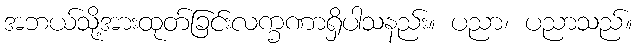
အဘယ်သို့အားထုတ်ခြင်းလက္ခဏာရှိပါသနည်း။ ပညာ၊ ပညာသည်။